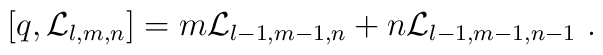
[q, {\cal L}_{l,m,n}]=m{\cal L}_{l-1,m-1,n}+n{\cal L}_{l-1,m-1,n-1}\ .